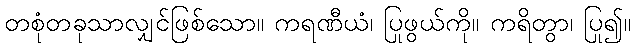
တစုံတခုသာလျှင်ဖြစ်သော။ ကရဏီယံ၊ ပြုဖွယ်ကို။ ကရိတွာ၊ ပြု၍။